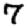
Digit: 7